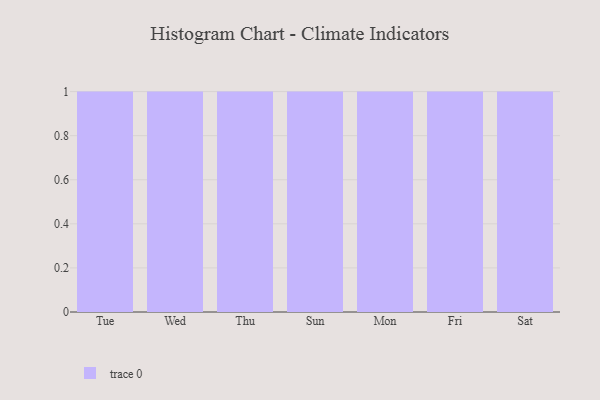
{"axis": {"x": "Day", "y": "Operating Costs (USD K)"}, "legend": [""], "data": [{"x": "Tue", "y": 82, "type": ""}, {"x": "Wed", "y": 42, "type": ""}, {"x": "Thu", "y": 97, "type": ""}, {"x": "Sun", "y": 46, "type": ""}, {"x": "Mon", "y": 92, "type": ""}, {"x": "Fri", "y": 89, "type": ""}, {"x": "Sat", "y": 49, "type": ""}]}